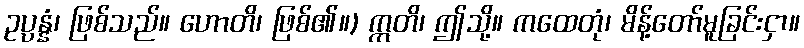
ဥပ္ပန္နံ၊ ဖြစ်သည်။ ဟောတိ၊ ဖြစ်၏။) ဣတိ၊ ဤသို့။ ကထေတုံ၊ မိန့်တော်မူခြင်းငှာ။